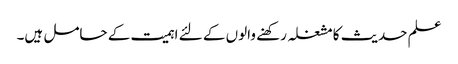
علم حدیث کا مشغلہ رکھنے والوں کے لئے اہمیت کے حامل ہیں۔